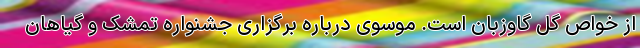
از خواص گل گاوزبان است. موسوی درباره برگزاری جشنواره تمشک و گیاهان